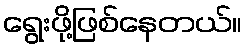
ရွေးဖို့ဖြစ်နေတယ်။